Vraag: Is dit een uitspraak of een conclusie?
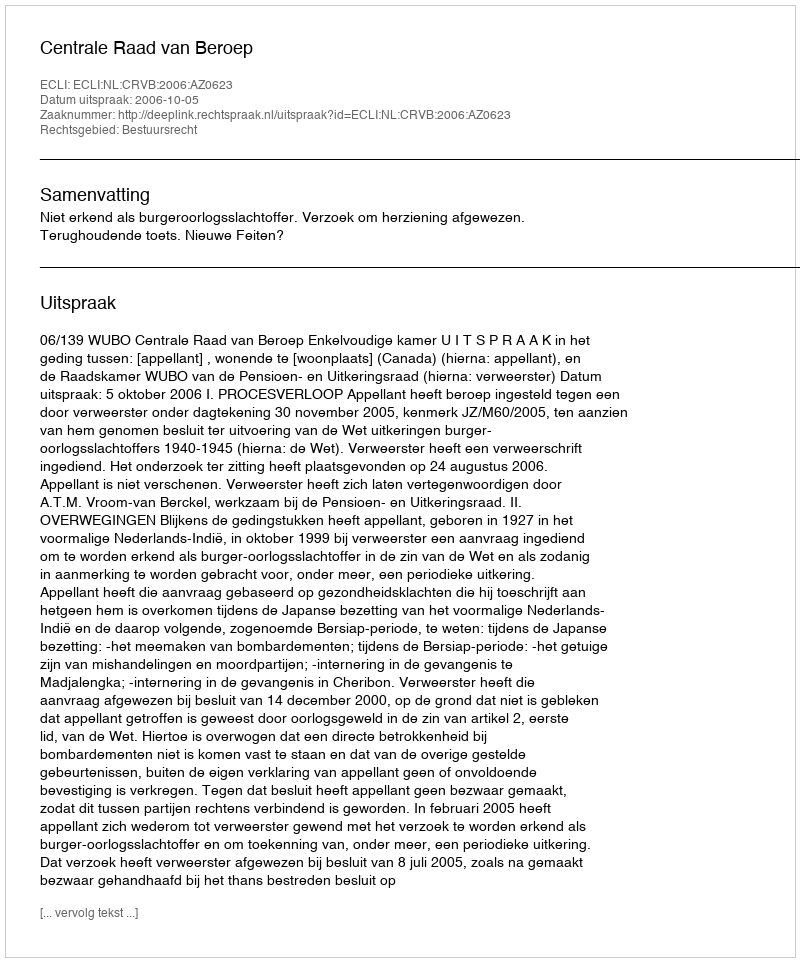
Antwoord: Uitspraak